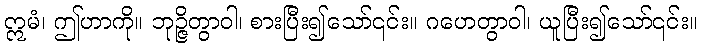
ဣမံ၊ ဤဟာကို။ ဘုဉ္ဇိတွာဝါ၊ စားပြီး၍သော်၎င်း။ ဂဟေတွာဝါ၊ ယူပြီး၍သော်၎င်း။